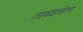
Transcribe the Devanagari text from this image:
ताब्यानंतर